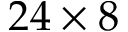
2 4 \times 8